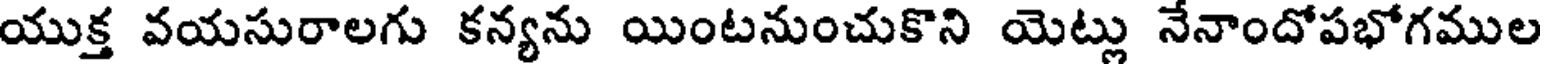
యుక్త వయసురాలగు కన్యను యింటనుంచుకొని యెట్లు నేనాందోపభోగముల